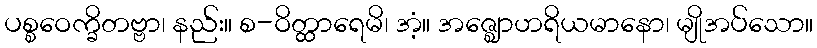
ပစ္စဝေက္ခိတဗ္ဗာ၊ နည်း။ စ-ဝိတ္ထာရေမိ၊ အံ့။ အဇ္ဈောဟရိယမာနော၊ မျိုအပ်သော။